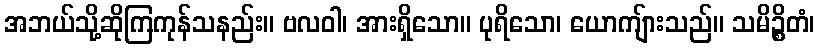
အဘယ်သို့ဆိုကြကုန်သနည်း။ ဗလဝါ၊ အားရှိသော။ ပုရိသော၊ ယောကျ်ားသည်။ သမိဉ္စိတံ၊